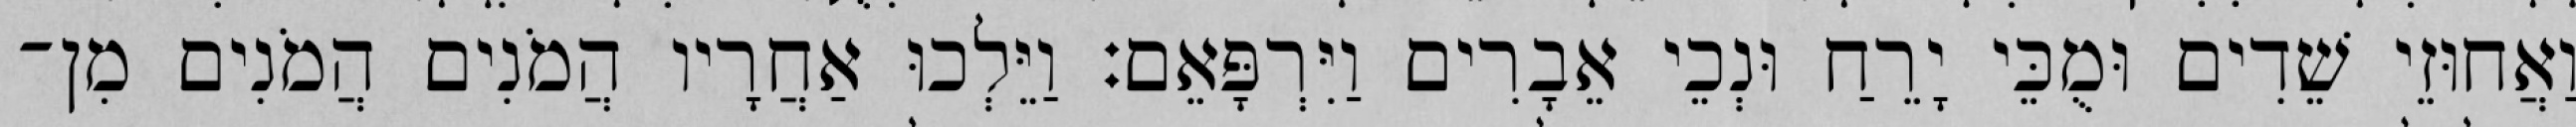
וַאֲחוּזֵי שֵׁדִים וּמֻכֵּי יָרֵחַ וּנְכֵי אֵבָרִים וַיִּרְפָּאֵם׃ וַיֵּלְכוּ אַחֲרָיו הֲמֹנִים הֲמֹנִים מִן־